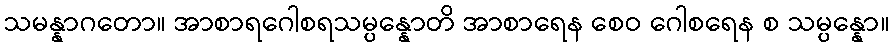
သမန္နာဂတော။ အာစာရဂေါစရသမ္ပန္နောတိ အာစာရေန စေဝ ဂေါစရေန စ သမ္ပန္နော။